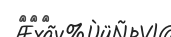
١٤٢